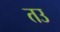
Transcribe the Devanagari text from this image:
तउ